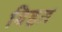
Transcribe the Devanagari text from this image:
बिहत